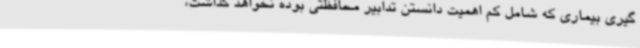
گیری بیماری که شامل کم اهمیت دانستن تدابیر محافظتی بوده نخواهد گذاشت،